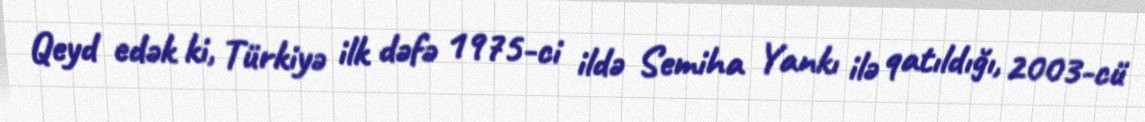
Qeyd edək ki, Türkiyə ilk dəfə 1975-ci ildə Semiha Yankı ilə qatıldığı, 2003-cü